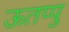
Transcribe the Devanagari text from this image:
ऊतप्पु